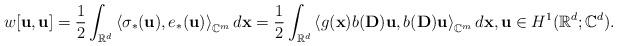
LaTeX: \begin{align*}w[\mathbf{u},\mathbf{u}] = \frac{1}{2} \int_{\mathbb{R}^d} \left\langle \sigma_*(\mathbf{u}), e_* (\mathbf{u}) \right\rangle_{\mathbb{C}^m} d \mathbf{x} = \frac{1}{2} \int_{\mathbb{R}^d} \left\langle g(\mathbf{x}) b(\mathbf{D}) \mathbf{u}, b(\mathbf{D}) \mathbf{u} \right\rangle_{\mathbb{C}^m} d \mathbf{x},\mathbf{u} \in H^1 (\mathbb{R}^d; \mathbb{C}^d).\end{align*}